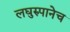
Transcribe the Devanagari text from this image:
लघुरुपानेच